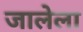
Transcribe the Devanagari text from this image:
जालेला